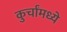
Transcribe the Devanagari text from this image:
कुर्चांमध्ये